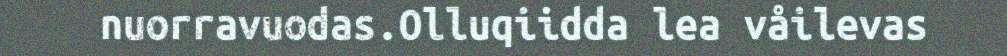
nuorravuodas.Olluqiidda lea våilevas